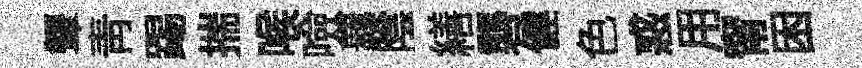
顰青踢揣喉噞覊陰繕礱健色惑用甯困